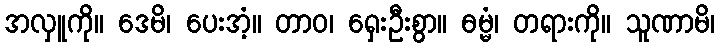
အလှူကို။ ဒေမိ၊ ပေးအံ့။ တာဝ၊ ရှေးဦးစွာ။ ဓမ္မံ၊ တရားကို။ သူဏာမိ၊